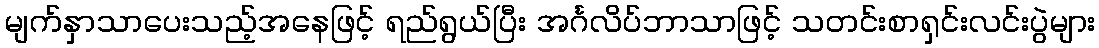
မျက်နှာသာပေးသည့်အနေဖြင့် ရည်ရွယ်ပြီး အင်္ဂလိပ်ဘာသာဖြင့် သတင်းစာရှင်းလင်းပွဲများ